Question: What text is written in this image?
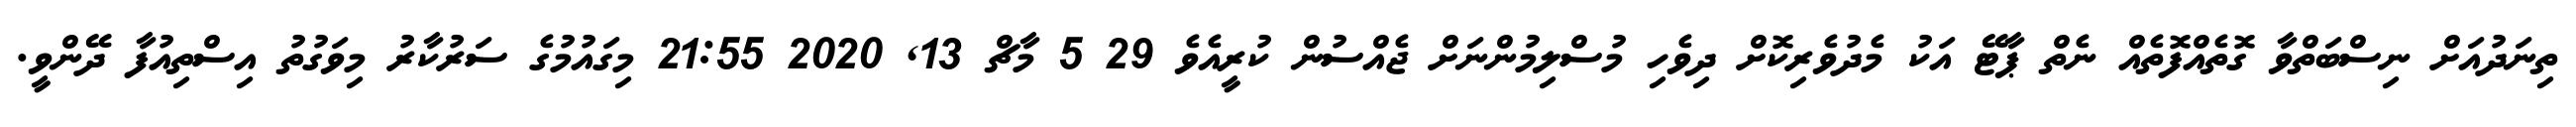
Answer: ތިނަދުއަށް ނިސްބަތްވާ ގޮތެއްފޮތެއް ނެތް ޕާޓޭ އަކު މެދުވެރިކޮށް ދިވެހި މުސްލިމުންނަށް ޖެއްސުން ކުރީއެވެ 29 5 މާޗް 13, 2020 21:55 މިގައުމުގެ ސަރުކާރު މިވަގުތު އިސްތިއުފާ ދޭންވީ.